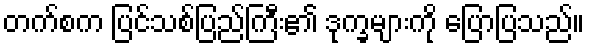
တက်စက ပြင်သစ်ပြည်ကြီး၏ ဒုက္ခများကို ပြောပြသည်။